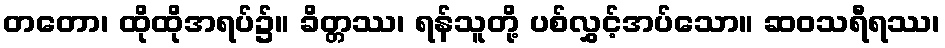
တတော၊ ထိုထိုအရပ်၌။ ခိတ္တဿ၊ ရန်သူတို့ ပစ်လွှင့်အပ်သော။ ဆဝသရီရဿ၊